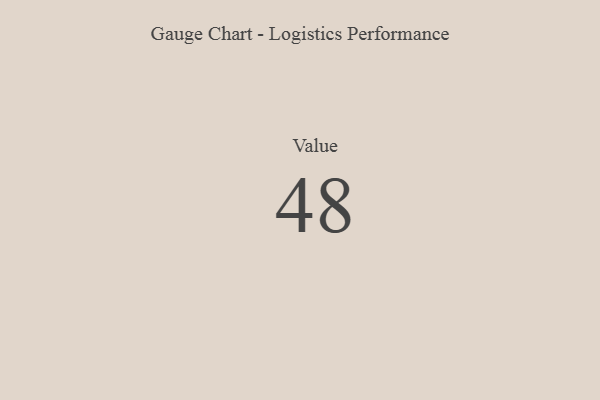
{"axis": {"x": "Metric", "y": "Value"}, "legend": [""], "data": [{"x": "Value", "y": 48, "type": ""}]}